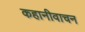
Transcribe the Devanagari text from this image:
कहानीवाचन